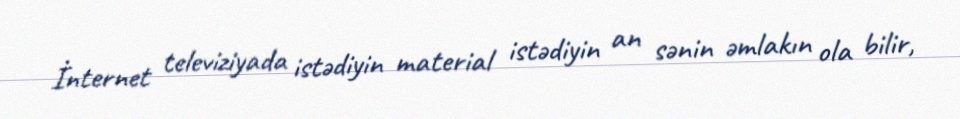
İnternet televiziyada istədiyin material istədiyin an sənin əmlakın ola bilir,